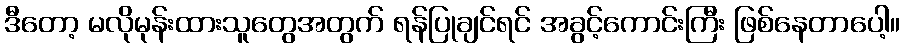
ဒီတော့ မလိုမုန်းထားသူတွေအတွက် ရန်ပြုချင်ရင် အခွင့်ကောင်းကြီး ဖြစ်နေတာပေါ့။